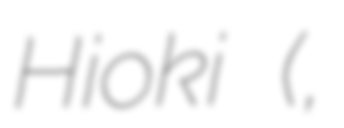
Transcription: Hioki (日置市,